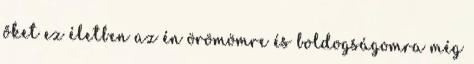
őket ez életben az én örömömre és boldogságomra még